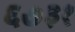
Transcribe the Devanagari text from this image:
६७३१